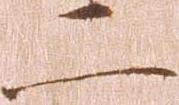
二